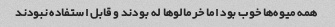
همه میوه‌ها خوب بود اما خرمالوها له بودند و قابل استفاده نبودند